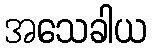
အသေခါယ